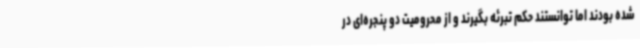
شده بودند اما توانستند حکم تبرئه بگیرند و از محرومیت دو پنجره‌ای در